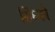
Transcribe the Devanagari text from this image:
सिंघ्फो